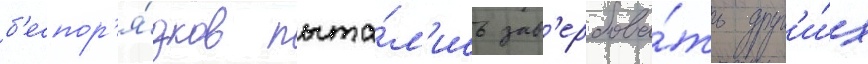
б'еспор'я́дков пыта́л'ись зав'ербова́ть друг'и́х